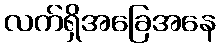
လက်ရှိအခြေအနေ